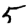
Digit: 5